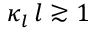
\kappa _ { l } \, l \gtrsim 1